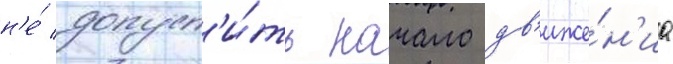
н'е́ допуст'и́ть начало дв'иже́н'иа